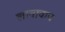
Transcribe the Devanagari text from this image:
लावावाच